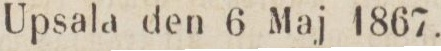
Upsala den 6 Maj 1867.